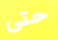
حتى